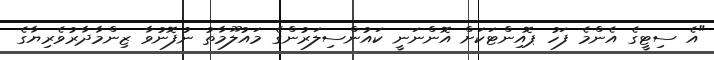
"އެ ސިޓީގެ އެންމެ ފަހު ޕޮއިންޓަކަށް އޮންނަނީ ކައުންސިލަރުންގެ މައުލޫމާތު ނުފޮނުވާ ޒިންމާދާރުވެރިޔާގެ